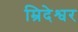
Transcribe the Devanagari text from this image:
म्रिदेश्वर